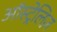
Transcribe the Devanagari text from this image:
ऑस्ट्रेलिज़